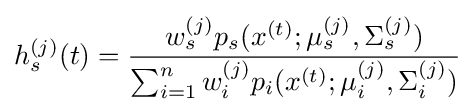
h_{s}^{(j)}(t)={\frac {w_{s}^{(j)}p_{s}(x^{(t)};\mu _{s}^{(j)},\Sigma _{s}^{(j)})}{\sum _{i=1}^{n}w_{i}^{(j)}p_{i}(x^{(t)};\mu _{i}^{(j)},\Sigma _{i}^{(j)})}}